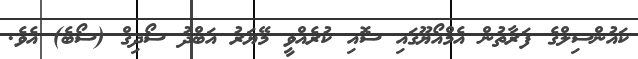
ކައުންސިލްގެ ފަރާތުން އެމްއޯޔޫގައި ސޮއި ކުރެއްވީ މޭޔަރު އަބްދު ސޯދިގް (ސޯބެ) އެވެ.